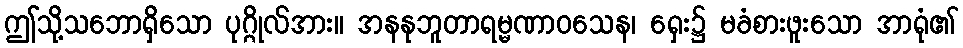
ဤသို့သဘောရှိသော ပုဂ္ဂိုလ်အား။ အနနုဘူတာရမ္မဏာဝသေန၊ ရှေး၌ မခံစားဖူးသော အာရုံ၏